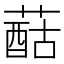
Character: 䔯